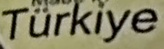
Turkiye